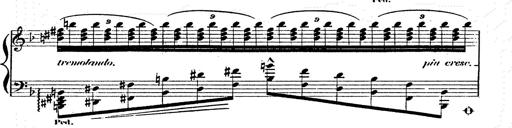
Title: Franz Schuberts geistliche Lieder
Composer: Franz Liszt